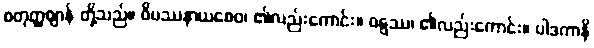
စတုတ္ထဈာန် တို့သည်။ ဝိပဿနာယစေဝ၊ ၏လည်းကောင်း။ ဝဋ္ဋဿ၊ ၏လည်းကောင်း။ ပါဒကာနိ